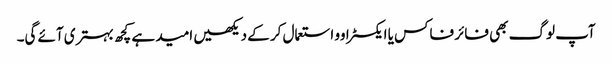
آپ لوگ بھی فائر فاکس یا ایکسٹراوو استعمال کر کے دیکھیں امید ہے کچھ بہتری آئے گی۔